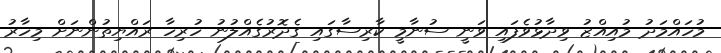
މުހައްމަދު މުއިއްޒު ވިދާޅުވެފައި ވަނީ ސުނާމީ ކާރިސާގައި ގެދޮރުގެއްލުނު ހުރިހާ ރައްޔިތުންނަށް މިހާރު